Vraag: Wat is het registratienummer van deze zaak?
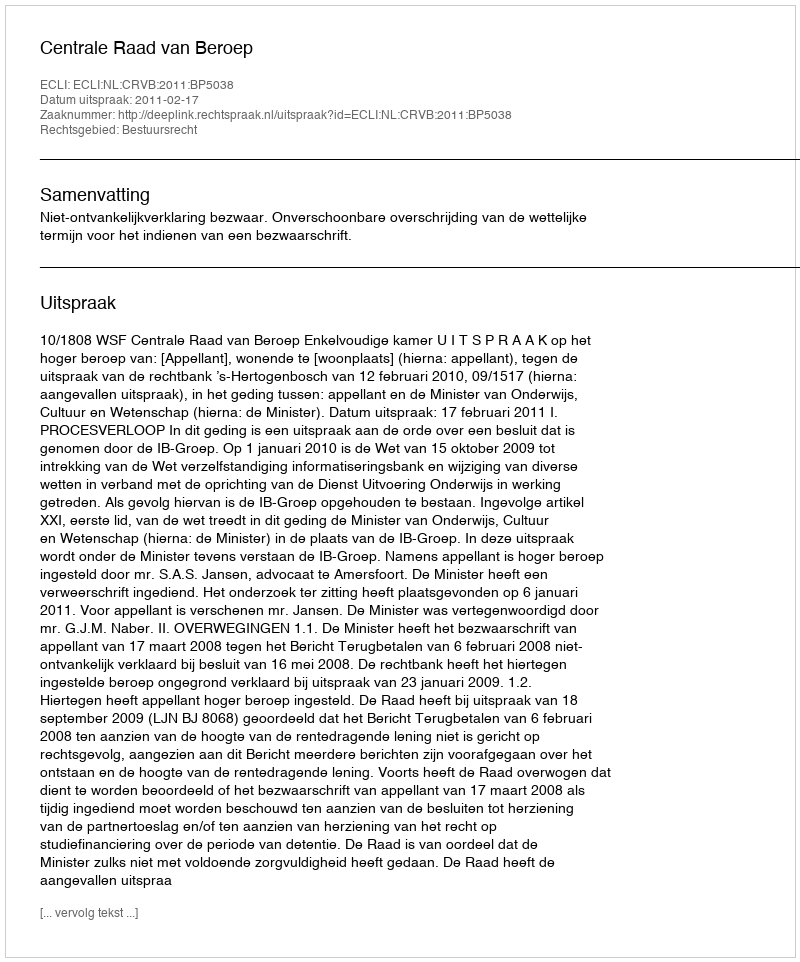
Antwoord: http://deeplink.rechtspraak.nl/uitspraak?id=ECLI:NL:CRVB:2011:BP5038